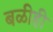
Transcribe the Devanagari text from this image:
बळीही